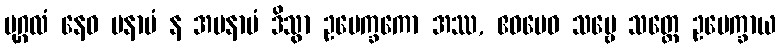
ပုဂ္ဂလံ နေဝ မနာပံ န အမနာပံ ဒိသွာ ဥပေက္ခကော အဿ, ဧဝမေဝ သဗ္ဗေ သတ္တေ ဥပေက္ခာယ